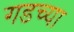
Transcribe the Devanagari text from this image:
गडच्या